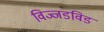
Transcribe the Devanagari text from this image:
विज्जडविड